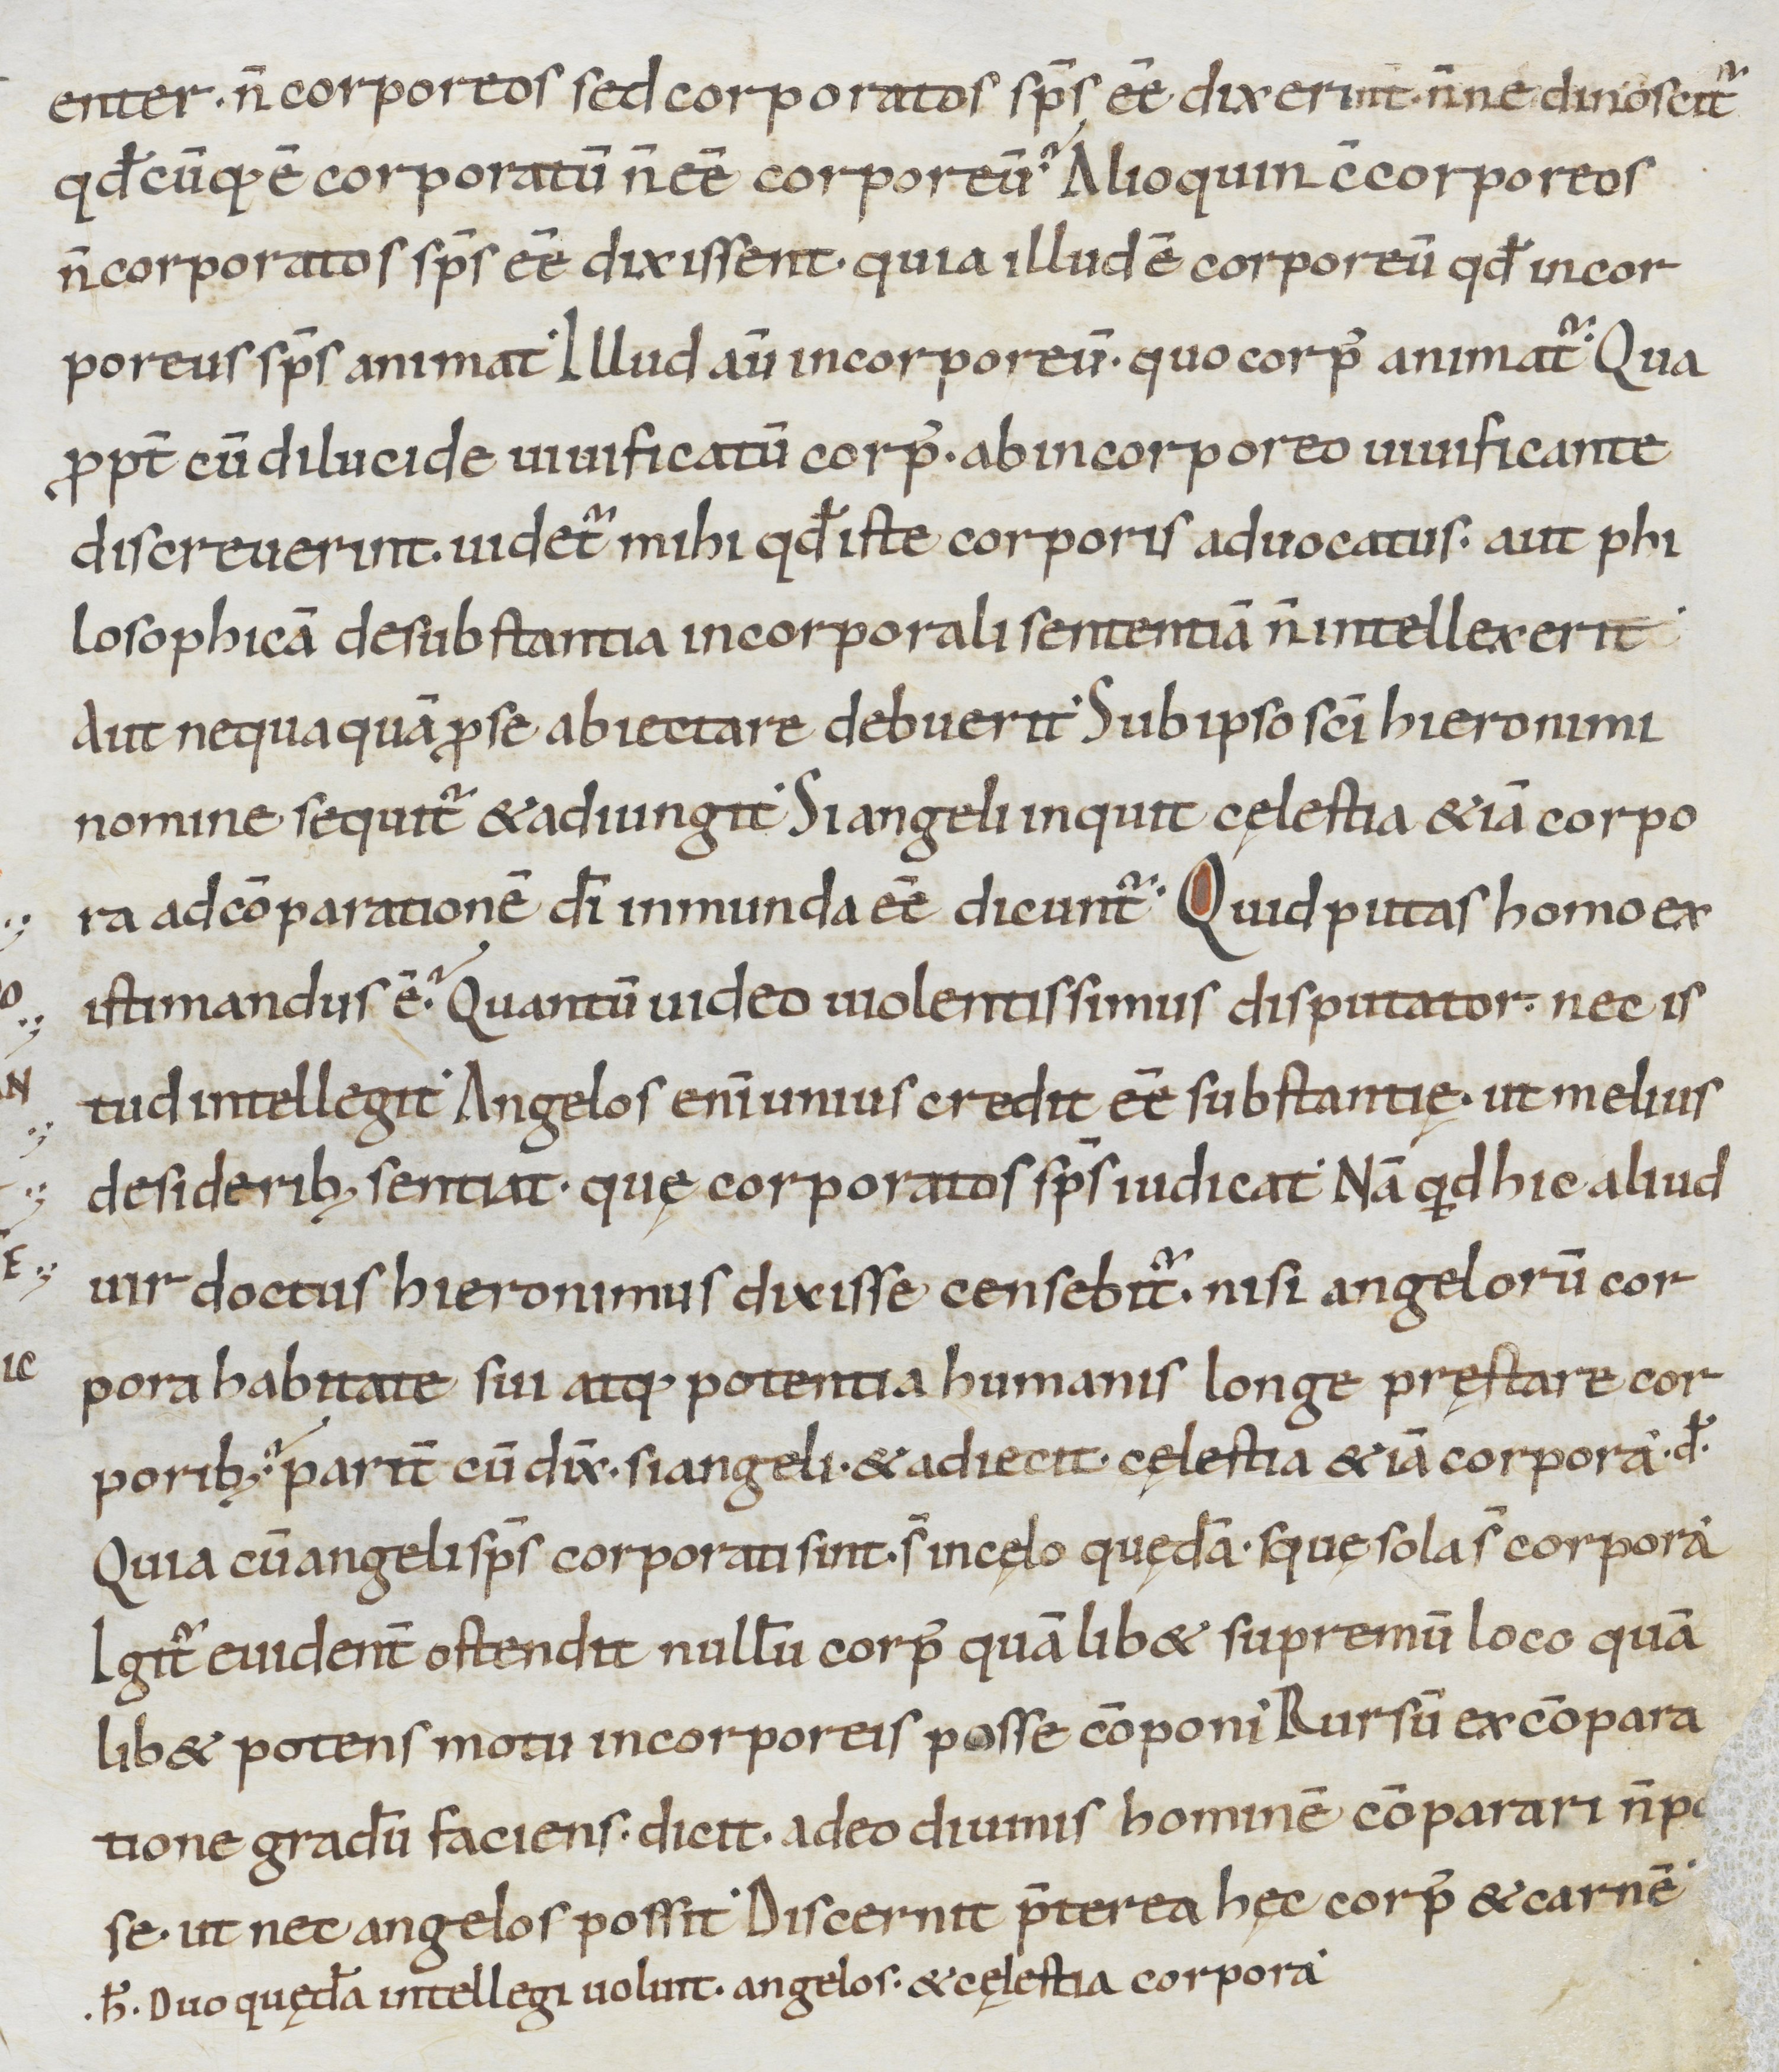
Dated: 900–999